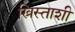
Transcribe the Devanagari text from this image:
ख्रिस्ताशी